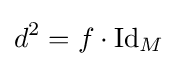
d^{2}=f\cdot {\text{Id}}_{M}